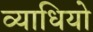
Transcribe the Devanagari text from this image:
व्याधियो